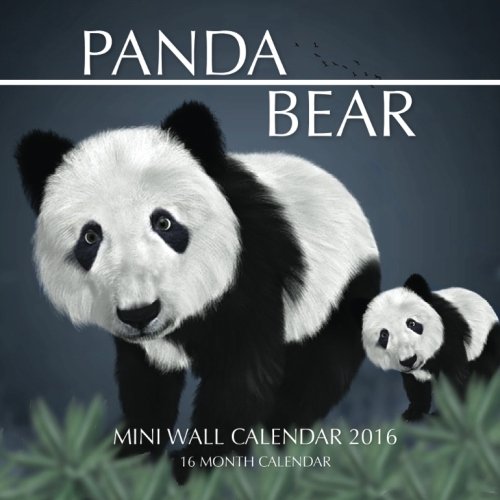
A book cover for Panda Bear Mini Wall Calendar 2016: 16 Month Calendar; Jack Smith; Calendars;